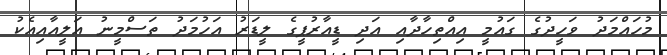
މުހައްމަދު ވަހީދުގެ ގައުމީ އިއްތިހާދާއި އަދި ޑީއާރުޕީގެ ލީޑަރު އަހުމަދު ތަސްމީނު އަލީއާއިއެކު